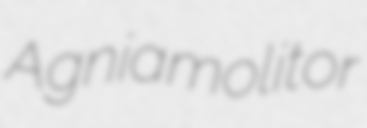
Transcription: Agnia molitor